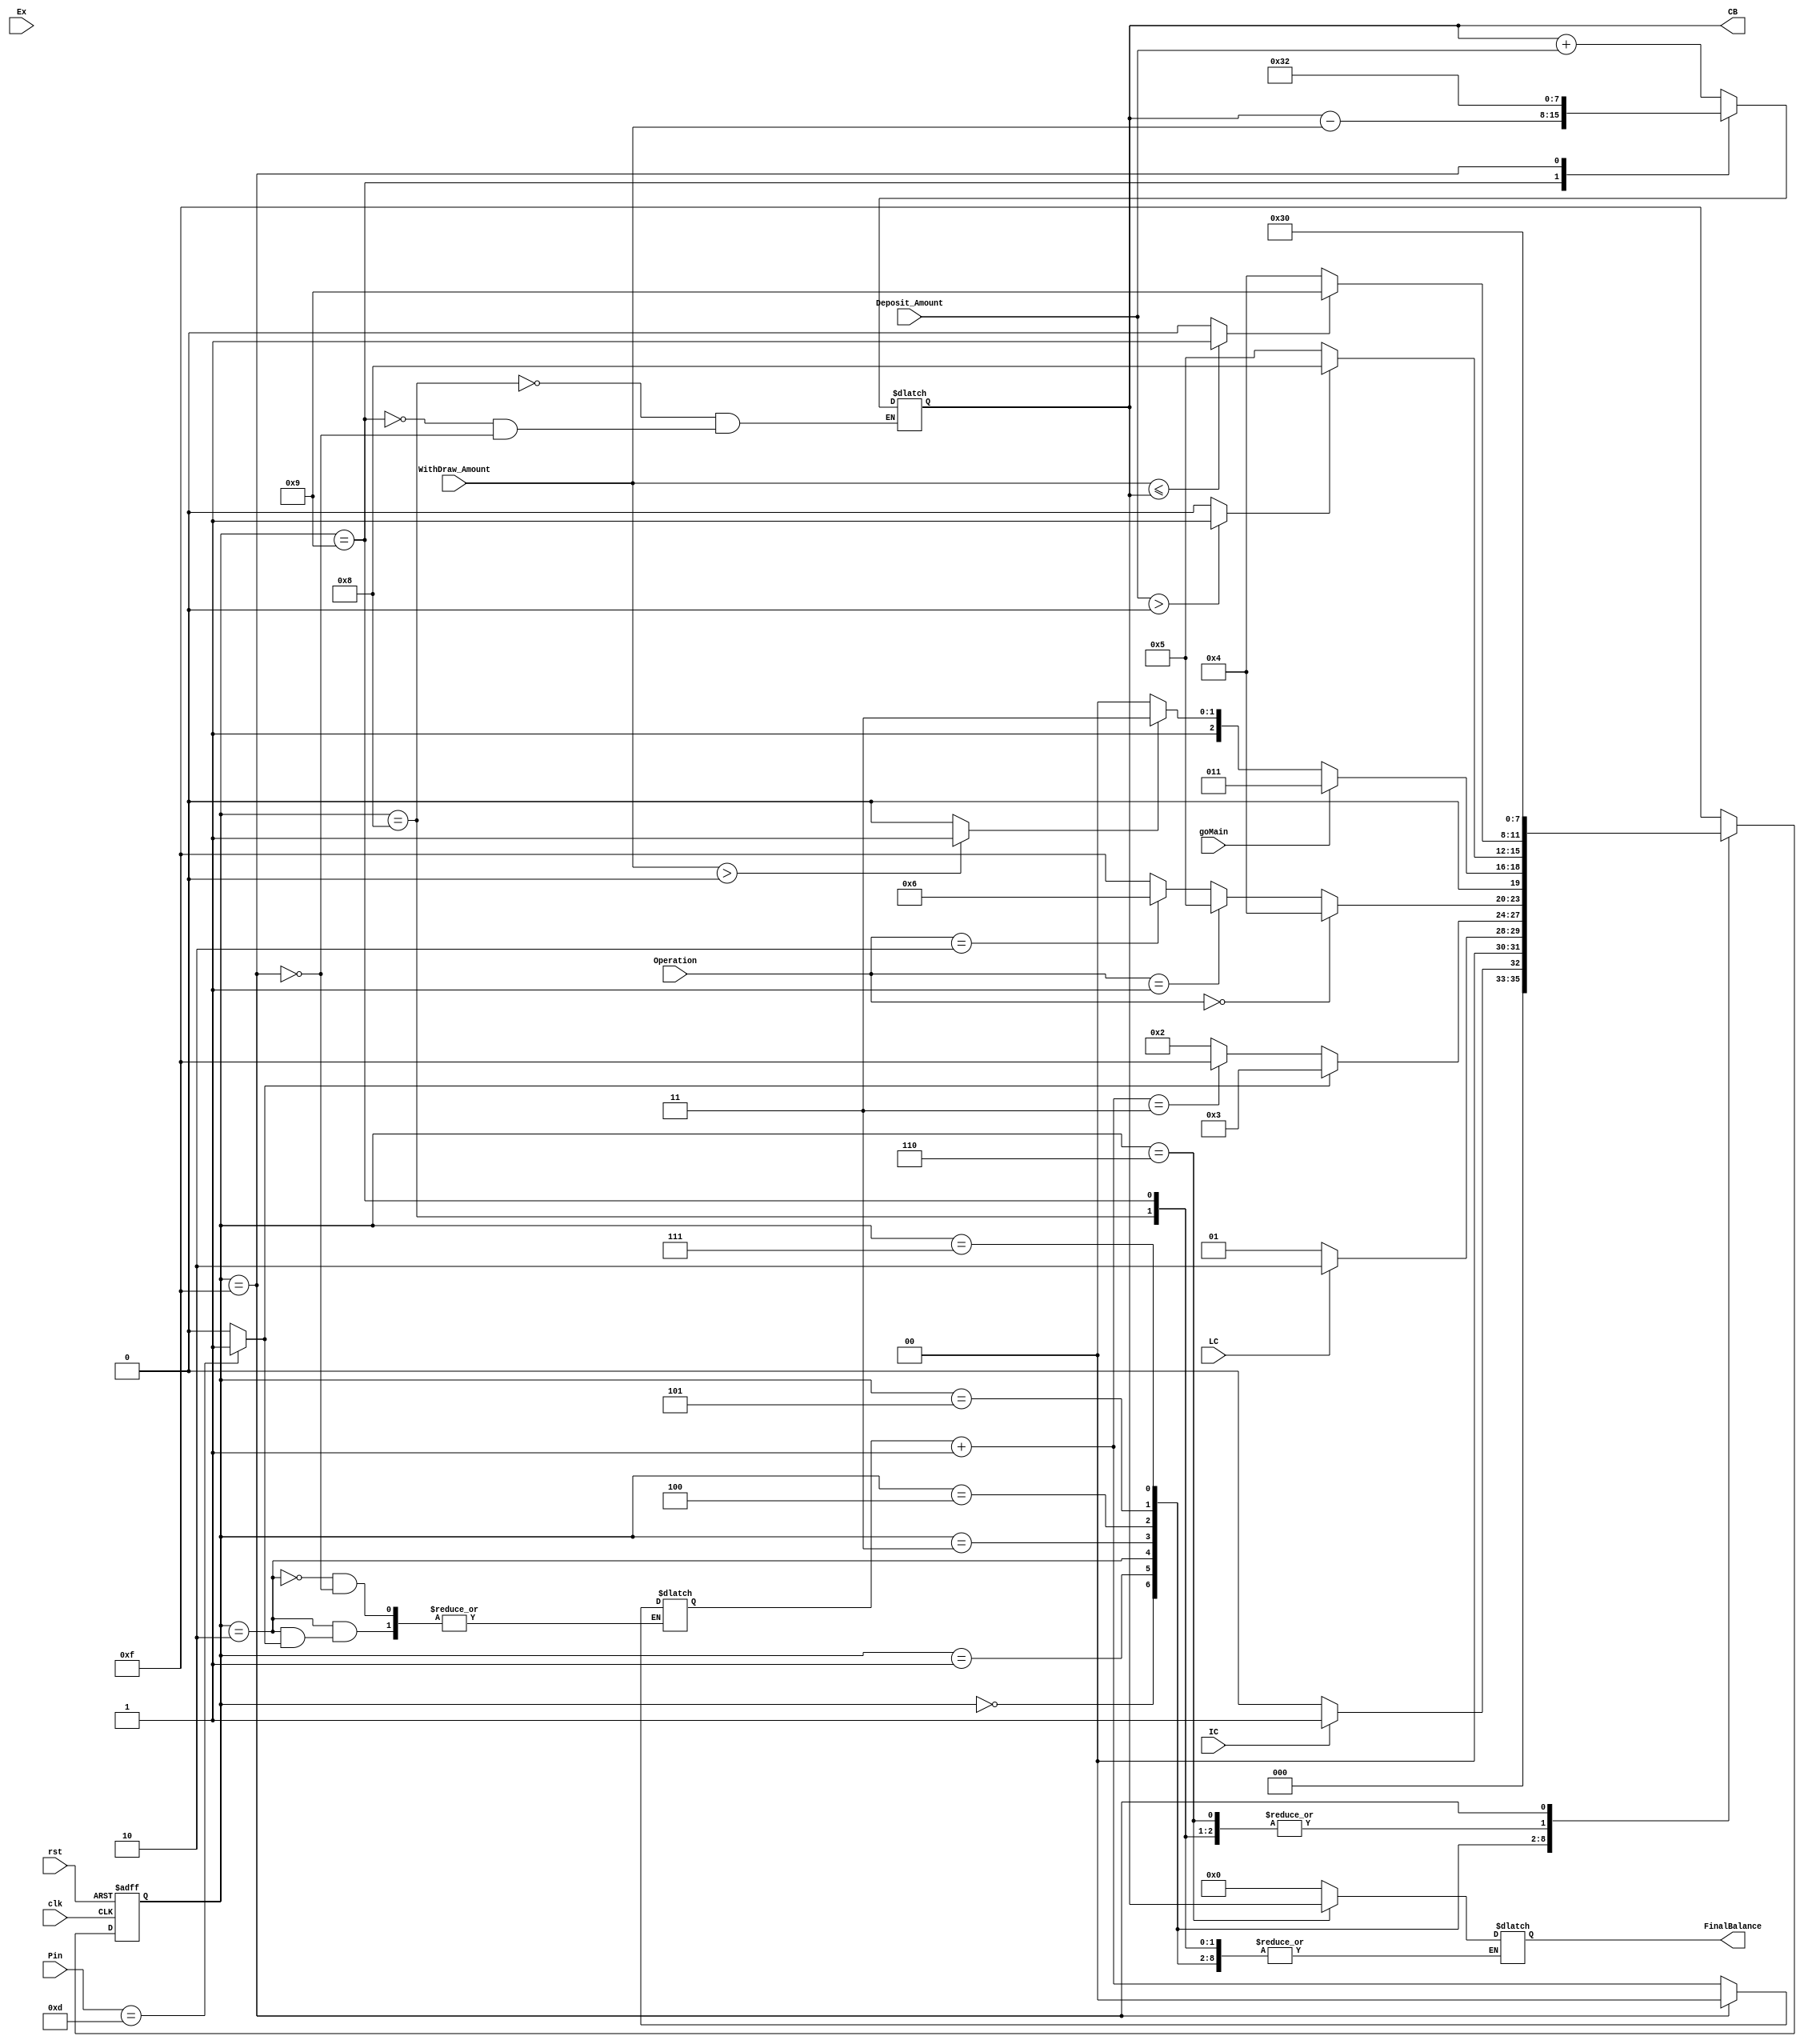
`timescale 1ns / 1ps
module MainModule(
    input clk,
	input rst,
    input [3:0] Pin,
	input [5:0] WithDraw_Amount,
	input [4:0] Deposit_Amount,
	input [1:0] Operation,
	output reg[7:0] FinalBalance, CB,// 
	input IC , LC ,Ex, goMain	 //InsertCard,LanguageChosen,Exit
    );
reg [3:0] pin_number = 4'b1101;	 //default password
reg [7:0] balance = 8'd50;
reg [3:0] next_state;
reg [3:0] current_state;
reg [1:0] Counter = 2'b00;
reg [1:0] op;
reg	VP= 1'b0,BC= 1'b0, EA =1'b0, GM=1'b0; //ValidPass,BalanceCheck,EnteredAmount, goMain

parameter  IDLE = 4'b0000,
			S1  = 4'b0001,
			S2  = 4'b0010,
			S3  = 4'b0011,
			S4  = 4'b0100,
			S5  = 4'b0101,
			S6  = 4'b0110,
			S7  = 4'b0111,
			S8  = 4'b1000,
			S9  = 4'b1001,
			reset = 4'b1111;	
				
always @( posedge clk or posedge rst)
	begin
		if (rst)
			begin
				current_state <= reset;
			end
		else	current_state <= next_state;
	end
	
//psl assert always(Operation >= 0 && Operation < 4) @(posedge clk);	
//psl assert always(balance >=0) @(posedge clk);
//psl assert never(next_state == S5 && op != 2'b01) @(posedge clk);
//psl assert never(next_state == S8 && current_state == S5 && EA == 0) @(posedge clk);
//psl assert never(next_state == S9 && current_state == S7 && BC == 0) @(posedge clk);
//psl assert never(next_state == S3 && current_state == S2 && VP == 0) @(posedge clk);

		
always@(*)
	begin
		CB = balance;
		case (current_state)
			IDLE:	if(IC) next_state = S1;
					else next_state = IDLE;
	
			S1: if(LC) next_state = S2;
				 else next_state = S1;
			
			S2: 
				begin
					if(Ex)next_state = reset;
					else next_state = S2;
					if(Pin==pin_number) VP = 1'b1;
					else VP = 1'b0;
					if(VP) 
						begin 
						next_state = S3; 				
						end
					else 
						begin
							Counter = Counter + 1'b1;
							next_state = S2; //added to be checked
							if(Counter == 2'b11)
								next_state = reset;
						end
				end
			S3:					    
				begin
					#1;
					op = Operation; //in verfication force user to exit as we dont have time
					if(op == 2'b00) next_state = S4;
					else if(op == 2'b01) next_state = S5;
					else if(op == 2'b10) next_state = S6;
					else next_state = reset;
				end
				
			S4:
				begin
					if(goMain)next_state = S3;
					else 
					begin
						if(WithDraw_Amount > 0) EA = 1'b1; 
						else EA = 1'b0;
						if(EA) next_state = S7;
						else next_state = S4;
					end 
				end
			
			S5:
				begin
					if(Deposit_Amount > 0) EA = 1'b1; 
					else EA = 1'b0;
					if(EA)next_state = S8;
					else next_state = S5;
				end
				
			S6:
				begin
					FinalBalance = balance;
					next_state = S3;
				end
			S7:
				begin
					if(WithDraw_Amount <= balance) BC = 1'b1;
					else BC = 1'b0;
					if(BC) next_state = S9;
					else next_state = S4;
				end
			S8: 
				begin
					balance = balance + Deposit_Amount;
					next_state = S3;
				end
			S9:
				begin
					balance = balance - WithDraw_Amount;
					next_state = S3; //TO BE SET TO S3
				end
			reset:
				begin
					next_state = IDLE;
					VP = 1'b0; BC= 1'b0; EA =1'b0; GM=1'b0;
					Counter = 2'b00;
					balance = 50;
					FinalBalance = 8'b0;
				end
			default:
				begin
					next_state = reset;
					FinalBalance = 8'b0;
				end
		endcase
	end

endmodule